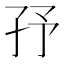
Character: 㜿